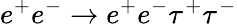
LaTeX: e^{+}e^{-}\to e^{+}e^{-}\tau^{+}\tau^{-}